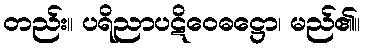
တည်း။ ပရိညာပဋိဝေဓဋ္ဌော၊ မည်၏။